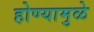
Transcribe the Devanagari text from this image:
होण्यामुळे